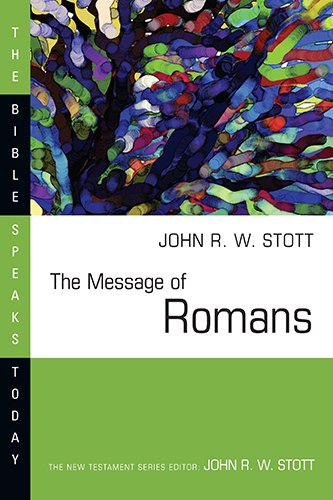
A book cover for The Message of Romans: God's Good News for the World (Bible Speaks Today); John Stott; Christian Books & Bibles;